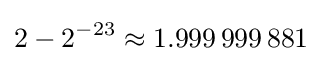
2-2^{-23}\approx 1.999\,999\,881